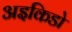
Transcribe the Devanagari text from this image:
अइकिडो